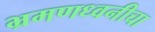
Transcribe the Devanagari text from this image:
भ्रमणध्वनीचा